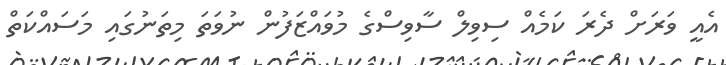
އެއީ ވަރަށް ދެރަ ކަމެއް ސިވިލް ސާވިސްގެ މުވައްޒަފުން ނުވަތަ މިތަނުގައި މަސައްކަތް